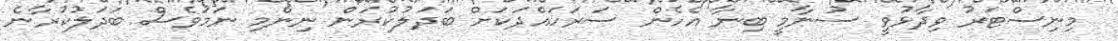
މިނިސްޓަރު ވިދާޅުވީ ސުނާމީ ބިނާ އެހެން ސަރަހައްދަކަށް ބަދަލުކުރަން ނިންމި ނަމަވެސް ބަދަލުކުރާނެ